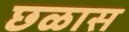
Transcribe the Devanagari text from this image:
छळास